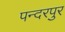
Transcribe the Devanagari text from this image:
पन्दरपुर